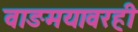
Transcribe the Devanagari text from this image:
वाङमयावरही